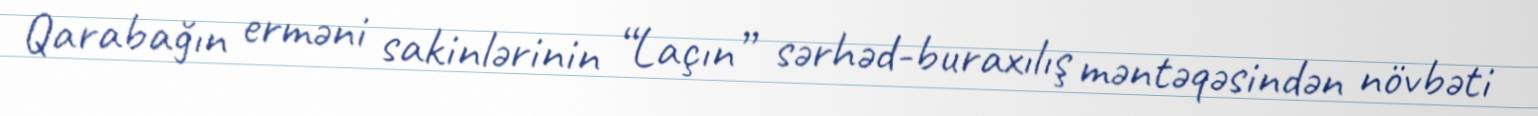
Qarabağın erməni sakinlərinin “Laçın” sərhəd-buraxılış məntəqəsindən növbəti